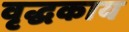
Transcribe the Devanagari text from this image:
वृद्धकाय